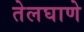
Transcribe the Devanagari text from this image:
तेलघाणे